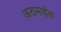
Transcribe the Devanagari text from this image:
अरामाईक